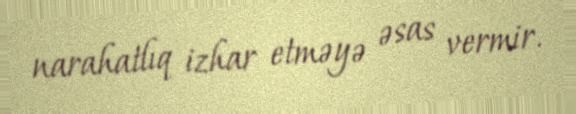
narahatlıq izhar etməyə əsas vermir.